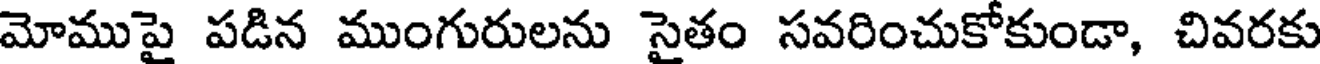
మోముపై పడిన ముంగురులను సైతం సవరించుకోకుండా, చివరకు